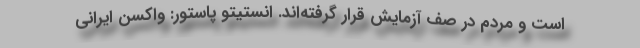
است و مردم در صف آزمایش قرار گرفته‌اند. انستیتو پاستور: واکسن ایرانی